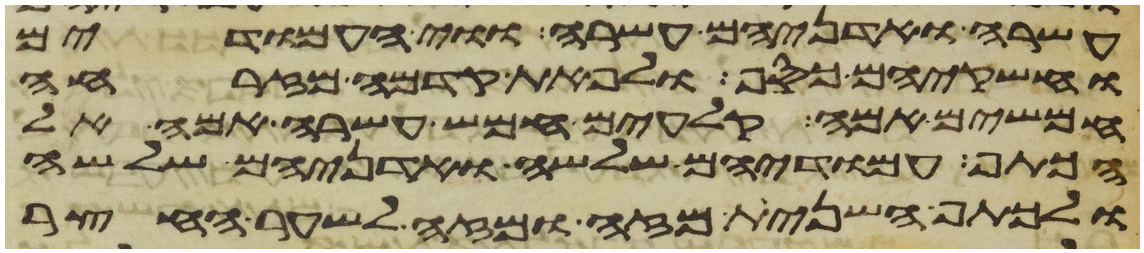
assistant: עשרה ואדניהם עשרה ווי העמודים
וחשקיהם כסף ולפאת קדמה מזרחה
חמשים אמה קלעים חמש עשרה אמה אל
הכתף עמודיהם שלשה ואדניהם שלשה
ולכתף השנית מזה ומזה לשער החצר